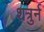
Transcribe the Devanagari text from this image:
शत्रुर्न